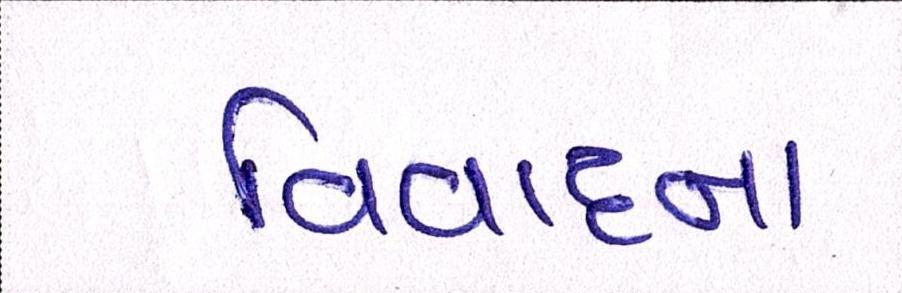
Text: વિવાદના